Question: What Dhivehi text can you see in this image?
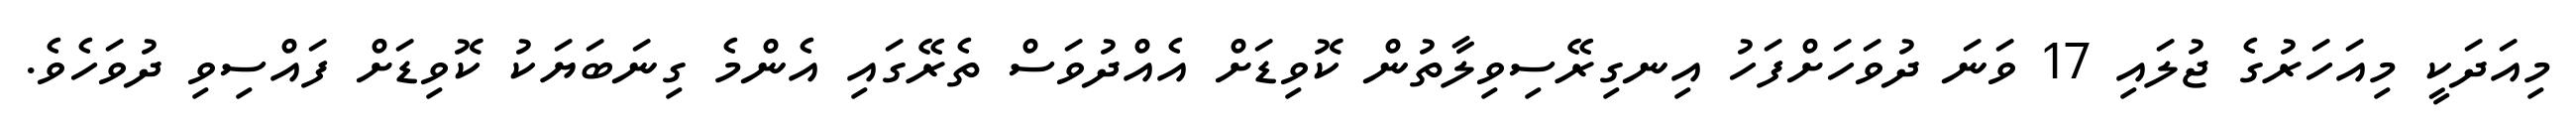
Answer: މިއަދަކީ މިއަހަރުގެ ޖުލައި 17 ވަނަ ދުވަހަށްފަހު އިނގިރޭސިވިލާތުން ކޮވިޑަށް އެއްދުވަސް ތެރޭގައި އެންމެ ގިނަބަޔަކު ކޮވިޑަށް ފައްސިވި ދުވަހެވެ.